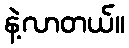
နဲ့လာတယ်။